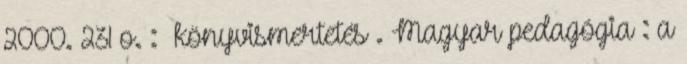
2000. 231 o. : könyvismertetés . Magyar pedagógia : a